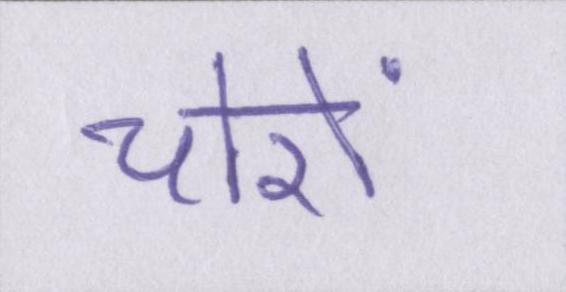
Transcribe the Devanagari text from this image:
चोरों